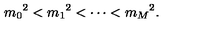
{ m _ { 0 } } ^ { 2 } < { m _ { 1 } } ^ { 2 } < \cdots < { m _ { M } } ^ { 2 } .